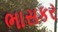
ભાસકર